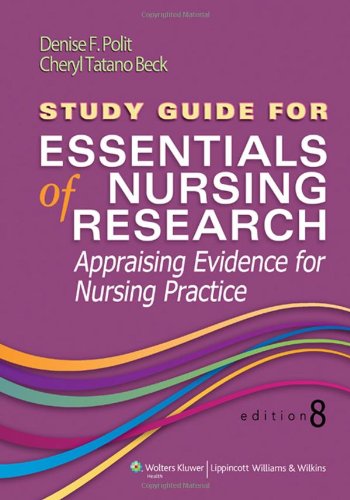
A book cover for Study Guide for Essentials of Nursing Research; Denise F. Polit PhD  FAAN; Medical Books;